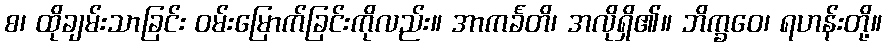
စ၊ ထိုချမ်းသာခြင်း ဝမ်းမြောက်ခြင်းကိုလည်း။ အာကင်္ခတိ၊ အလိုရှိ၏။ ဘိက္ခဝေ၊ ရဟန်းတို့။